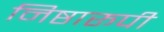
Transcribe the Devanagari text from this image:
निष्ठारूपी